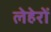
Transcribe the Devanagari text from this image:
लेहेरों